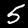
Label: 5